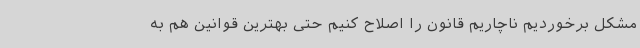
مشکل برخوردیم ناچاریم قانون را اصلاح کنیم حتی بهترین قوانین هم به